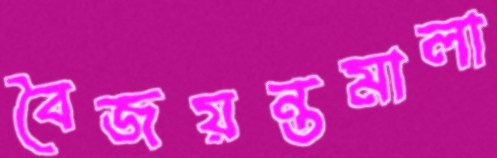
বৈজয়ন্তমালা